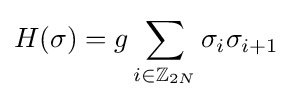
H(\sigma )=g\sum _{i\in \mathbb {Z} _{2N}}\sigma _{i}\sigma _{i+1}